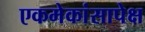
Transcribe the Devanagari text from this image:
एकमेकांसापेक्ष